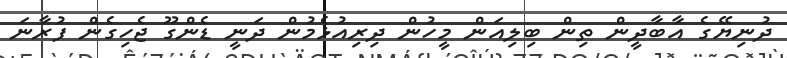
ދުނިޔޭގެ އާބާދީން ތިން ބިލިއަން މީހުން ދިރިއުޅެމުން ދަނީ ޑެންގޫ ޖެހިގެން ފުރާނަ